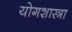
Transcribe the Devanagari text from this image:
योगशास्त्रा